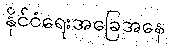
နိုင်ငံရေးအခြေအနေ